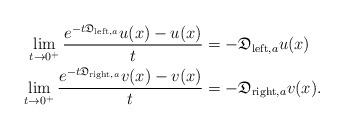
LaTeX: \begin{align*}\lim_{t\to0^+}\frac{e^{-t\mathfrak{D}_{{\rm left},a}}u(x)-u(x)}{t}&=-\mathfrak{D}_{{\rm left},a}u(x)\\\lim_{t\to0^+}\frac{e^{-t\mathfrak{D}_{{\rm right},a}}v(x)-v(x)}{t}&=-\mathfrak{D}_{{\rm right},a}v(x).\end{align*}